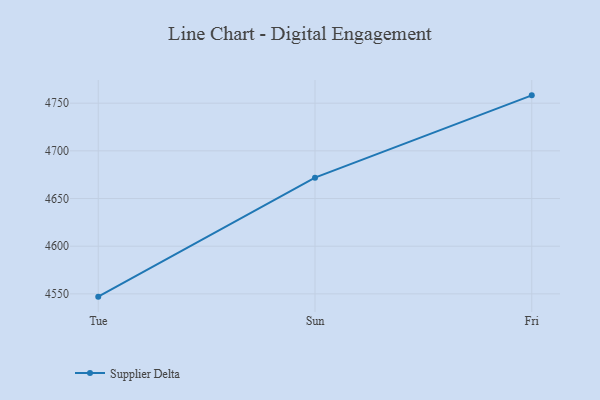
{"axis": {"x": "Day", "y": "Page Views"}, "legend": ["Supplier Delta"], "data": [{"x": "Tue", "y": 4547.1, "type": "Supplier Delta"}, {"x": "Sun", "y": 4671.9, "type": "Supplier Delta"}, {"x": "Fri", "y": 4758.2, "type": "Supplier Delta"}]}